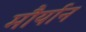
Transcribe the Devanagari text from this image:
मौर्यान